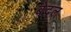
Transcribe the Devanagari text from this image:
बेदल